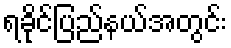
ရခိုင်ပြည်နယ်အတွင်း